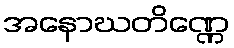
အနောဃတိဏ္ဏေ